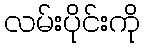
လမ်းပိုင်းကို